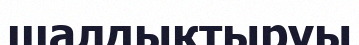
шалдықтыруы